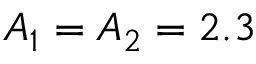
A _ { 1 } = A _ { 2 } = 2 . 3